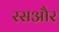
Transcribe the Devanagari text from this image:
रसऔर